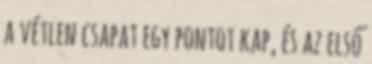
a vétlen csapat egy pontot kap, és az első